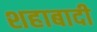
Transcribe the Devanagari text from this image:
शहाबादी